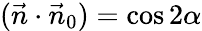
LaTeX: (\vec{n}\cdot\vec{n}_{0})=\cos 2\alpha